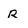
Character: R